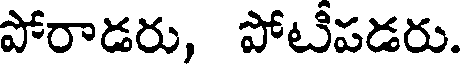
పోరాడరు, పోటీపడరు.